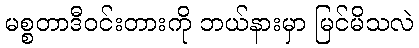
မစ္စတာဒီဝင်းတားကို ဘယ်နားမှာ မြင်မိသလဲ